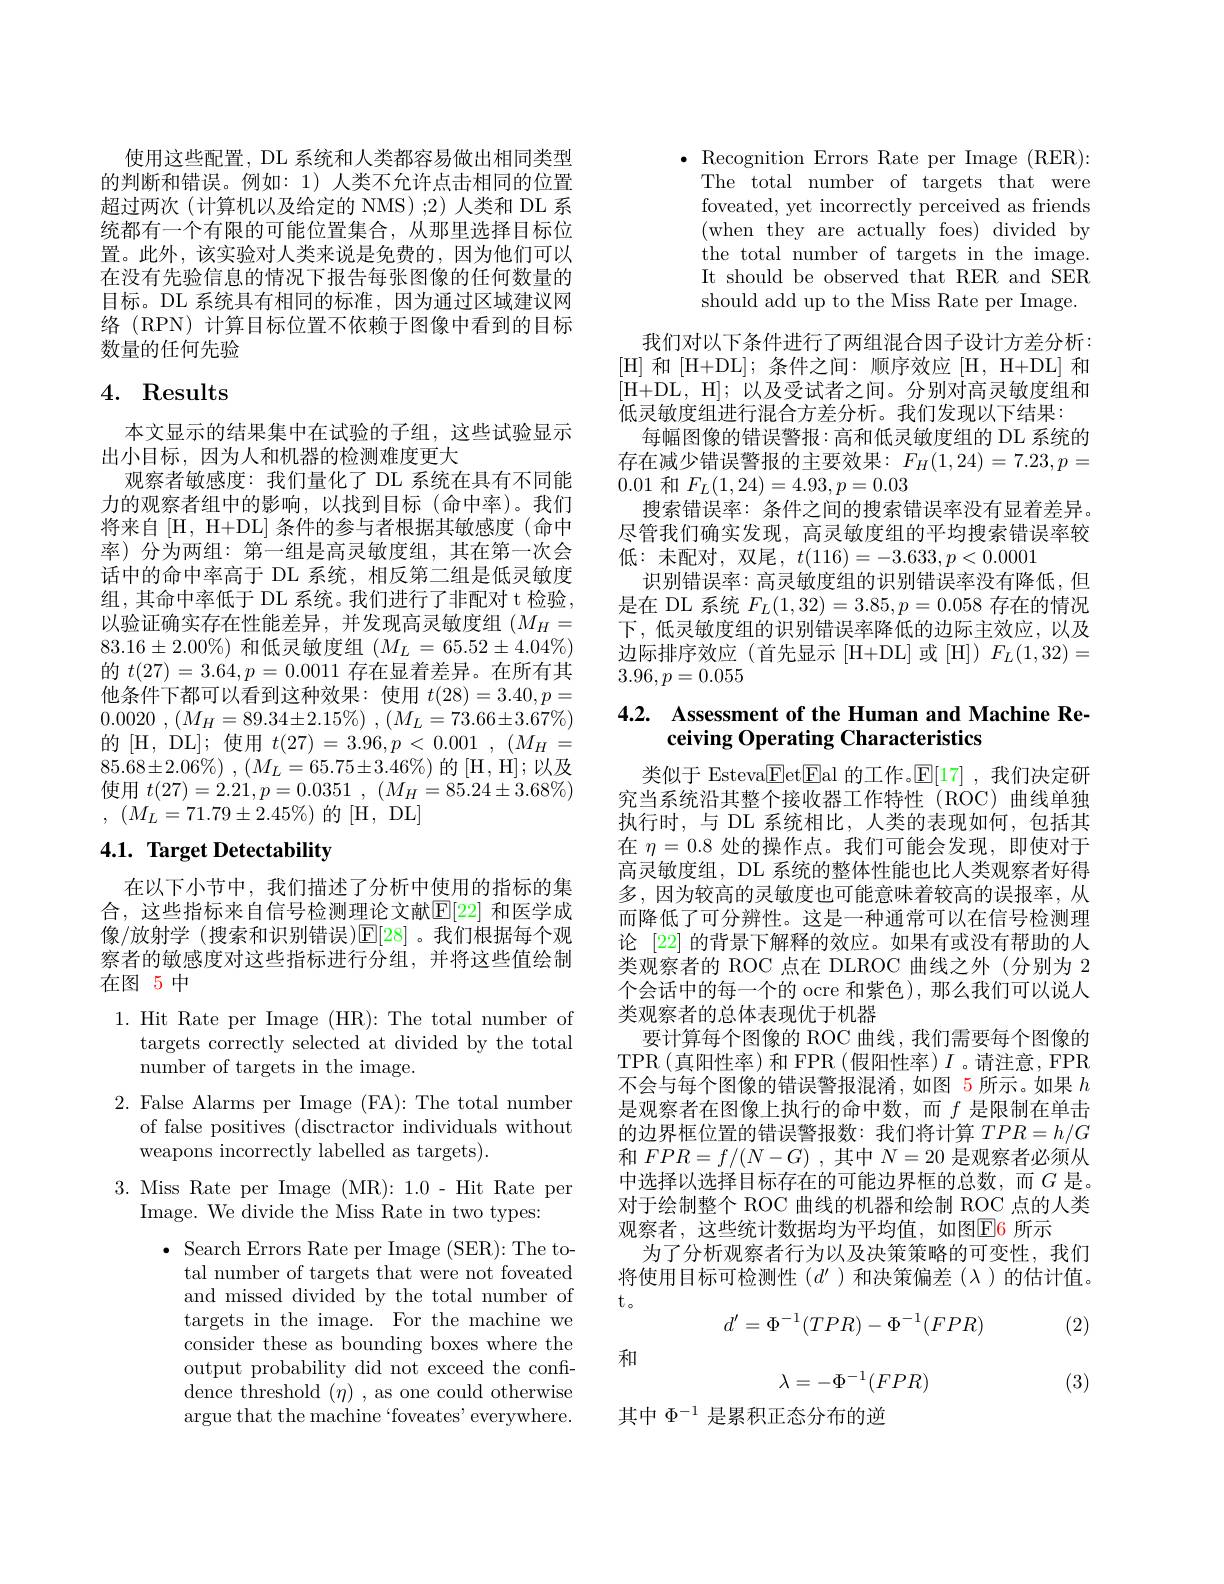
使用这些配置，DL 系统和人类都容易做出相同类型的判断和错误。例如：1)人类不允许点击相同的位置超过两次(计算机以及给定的 NMS);2)人类和 DL 系统都有一个有限的可能位置集合，从那里选择目标位置。此外，该实验对人类来说是免费的，因为他们可以在没有先验信息的情况下报告每张图像的任何数量的目标。DL 系统具有相同的标准，因为通过区域建议网络(RPN)计算目标位置不依赖于图像中看到的目标数量的任何先验

# 4. Results

本文显示的结果集中在试验的子组，这些试验显示
出小目标，因为人和机器的检测难度更大
观察者敏感度：我们量化了 DL 系统在具有不同能力的观察者组中的影响，以找到目标(命中率)。我们将来自[H, H+DL] 条件的参与者根据其敏感度(命中率)分为两组：第一组是高灵敏度组，其在第一次会话中的命中率高于 DL 系统，相反第二组是低灵敏度组，其命中率低于 DL 系统。我们进行了非配对 t 检验， 以验证确实存在性能差异，并发现高灵敏度组($M_H=$ $83.16\pm2.00\%$) 和低灵敏度组$(M_L=65.52\pm4.04\%)$ 的$t(27)=3.64,p=0.0011$存在显着差异。在所有其他条件下都可以看到这种效果：使用$t(28)=3.40,p=$ 0.0020 , $( M_{H}= 89. 34\pm 2. 15\% )$ , $( M_{L}= 73. 66\pm 3. 67\% )$ 的[H,DL];使用$t(27)=3.96,p<0.001,(M_{H}=$ $85. 68\pm 2. 06\% )$ , $( M_{L}= 65. 75\pm 3. 46\% )$ 的[H,H];以及使用$t( 27) = 2. 21, p= 0. 0351$ , $( M_{H}= 85. 24\pm 3. 68\% )$ , $( M_{L}= 71. 79\pm 2. 45\% )$的[H,DL]

# 4.1. Target Detectability

在以下小节中，我们描述了分析中使用的指标的集合，这些指标来自信号检测理论文献$\mathbb{E}[22]$ 和医学成像/放射学 (搜索和识别错误)$\mathbb{E}[28]$ 。我们根据每个观察者的敏感度对这些指标进行分组，并将这些值绘制在图 5 中

1. Hit Rate per Image (HR):The total number of
targets correctly selected at divided by the total
number of targets in the image.

2. False Alarms per Image (FA): The total number
of false positives ( disctractorindividualswithout
weapons incorrectly labelled as targets).

3. Miss Rate per Image (MR): 1.0- Hit Rate per
Image. We divide the Miss Rate in two types:

$\bullet$ Search Errors Rate per Image (SER):The to-
tal number of targets that were not foveated and missed divided by the total number of targets in the image. For the machine we consider these as bounding boxes where the output probability did not exceed the confidence threshold $(\eta)$ , as one could otherwise argue that the machine `foveates' everywhere.

$\bullet$ Recognition Errors Rate per Image (RER):
The total number of targets that were foveated, yet incorrectly perceived as friends (when they are actually foes) divided by the total number of targets in the image. It should be observed that RER and SER should add up to the Miss Rate per Image.

我们对以下条件进行了两组混合因子设计方差分析： [H] 和[H+DL]; 条件之间：顺序效应[H,H+ DL] 和[H+ DL, H];以及受试者之间。分别对高灵敏度组和低灵敏度组进行混合方差分析。我们发现以下结果：
每幅图像的错误警报：高和低灵敏度组的 DL 系统的存在减少错误警报的主要效果：$F_H(1,24)=7.23,p=$ 0.01和$F_L(1,24)=4.93,p=0.03$
搜索错误率：条件之间的搜索错误率没有显着差异。尽管我们确实发现，高灵敏度组的平均搜索错误率较低：未配对，双尾，$t(116)=-3.633,p<0.0001$
识别错误率：高灵敏度组的识别错误率没有降低，但是在 DL 系统$F_L(1,32)=3.85,p=0.058$存在的情况下，低灵敏度组的识别错误率降低的边际主效应，以及边际排序效应(首先显示[H+DL]或[H])$F_L(1,32)=$ $3.96,p=0.055$

# 4.2. Assessment of the Human and Machine Receiving Operating Characteristics

类似于 Esteva$\overline{\mathrm{F}}$etEal 的工作。$\mathbb{E}[17]$ ,我们决定研究当系统沿其整个接收器工作特性(ROC)曲线单独执行时，与 DL 系统相比，人类的表现如何，包括其在$\eta=0.8$处的操作点。我们可能会发现，即使对于高灵敏度组，DL 系统的整体性能也比人类观察者好得多，因为较高的灵敏度也可能意味着较高的误报率，从而降低了可分辨性。这是一种通常可以在信号检测理论 [22] 的背景下解释的效应。如果有或没有帮助的人类观察者的 ROC 点在 DLROC 曲线之外(分别为 2个会话中的每一个的 ocre 和紫色), 那么我们可以说人类观察者的总体表现优于机器
要计算每个图像的 ROC 曲线，我们需要每个图像的TPR(真阳性率)和 FPR(假阳性率)$I$。请注意，FPR 不会与每个图像的错误警报混淆，如图 5 所示。如果$h$ 是观察者在图像上执行的命中数，而$f$是限制在单击的边界框位置的错误警报数：我们将计算$TPR=h/G$ 和$FPR=f/(N-G)$ ,其中$N=20$是观察者必须从中选择以选择目标存在的可能边界框的总数，而$G$ 是。对于绘制整个 ROC 曲线的机器和绘制 ROC 点的人类观察者，这些统计数据均为平均值，如图$\boxed{\mathrm{E}}6$ 所示
为了分析观察者行为以及决策策略的可变性，我们将使用目标可检测性($d^\prime$ )和决策偏差($\lambda$)的估计值。$t_{\circ}$
$$d'=\Phi^{-1}(TPR)-\Phi^{-1}(FPR)$$
(2)
$$\lambda=-\Phi^{-1}(FPR)$$
和

(3)

其中$\Phi^{-1}$是累积正态分布的逆